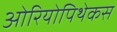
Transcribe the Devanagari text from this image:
ओरियोपिथेकस